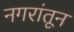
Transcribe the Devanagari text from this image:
नगरांतून